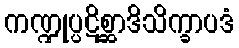
ကဏ္ဍုပ္ပဋိစ္ဆာဒိသိက္ခာပဒံ